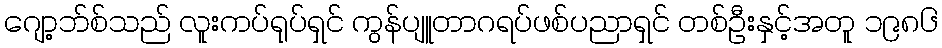
ဂျော့ဘ်စ်သည် လူးကပ်ရုပ်ရှင် ကွန်ပျူတာဂရပ်ဖစ်ပညာရှင် တစ်ဦးနှင့်အတူ ၁၉၈၆